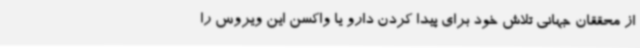
از محققان جهانی تلاش خود برای پیدا کردن دارو یا واکسن این ویروس را